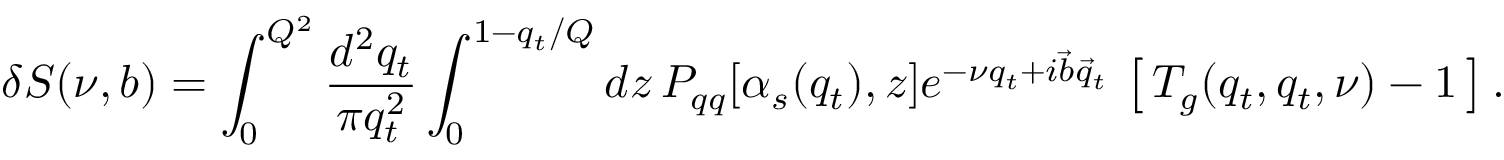
\delta S ( \nu , b ) = \int _ { 0 } ^ { Q ^ { 2 } } \frac { d ^ { 2 } q _ { t } } { \pi q _ { t } ^ { 2 } } \int _ { 0 } ^ { 1 - q _ { t } / Q } d z \, P _ { q q } [ \alpha _ { s } ( q _ { t } ) , z ] e ^ { - \nu q _ { t } + i \vec { b } \vec { q } _ { t } } \, \left[ \, T _ { g } ( q _ { t } , q _ { t } , \nu ) - 1 \, \right] .